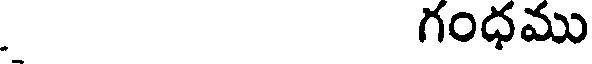
. గంధము